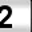
Digit: 2